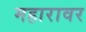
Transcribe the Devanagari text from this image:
महारावर